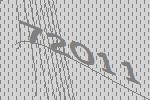
72011